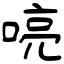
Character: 喨